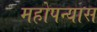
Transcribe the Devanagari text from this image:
महोपन्यास